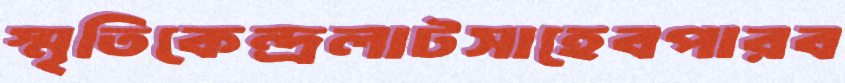
স্মৃতিকেন্দ্রলাটসাহেবপারব